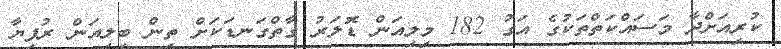
ކުރިއަށްދާ މަސައްކަތްތަކުގެ އަގު 182 މިލިއަން ޑޮލަރު ގާތްގަނޑަކަށް ތިން ބިލިއަން ރުފިޔާ